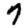
Digit: 7